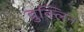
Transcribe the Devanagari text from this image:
ब्रुक्लिन